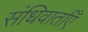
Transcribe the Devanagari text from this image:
संधिवार्ताएँ